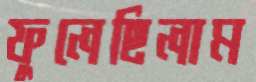
ফুলেছিলাম